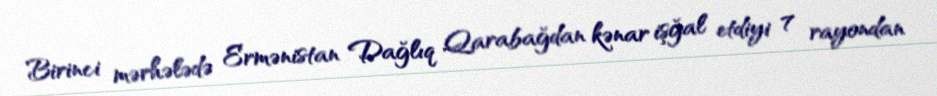
Birinci mərhələdə Ermənistan Dağlıq Qarabağdan kənar işğal etdiyi 7 rayondan